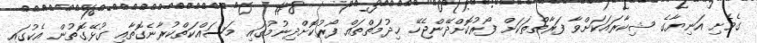
ގެވެށި އަނިޔާގެ ޝިކާރައަކަށްވާ ފަރާތްތަކަށް ފޯރުކޮށްދޭންޖެހޭ ޚިދުމަތްތައް ފޯރުކޮށްދިނުމުގައި މަސައްކަތްކުރާނެގޮތާއި ގުޅޭގޮތުން އެކުގައި